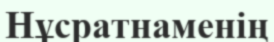
Нұсратнаменің